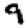
Digit: 9